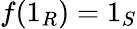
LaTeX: f(1_{R})=1_{S}